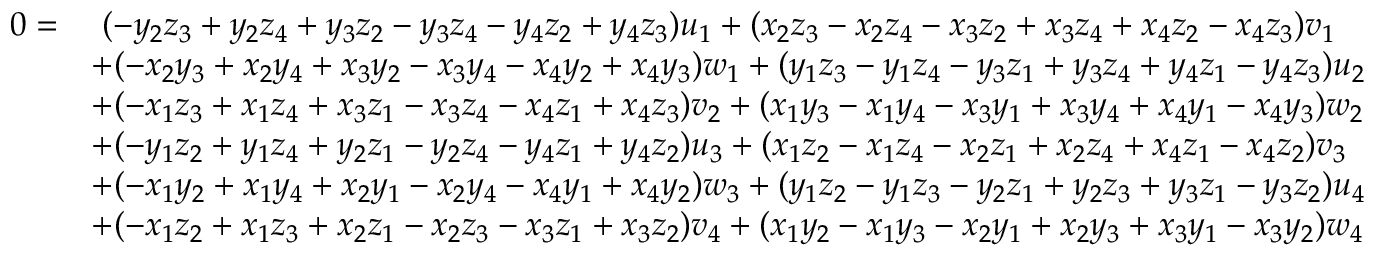
\begin{array} { r l } { 0 = } & { \ ( - y _ { 2 } z _ { 3 } + y _ { 2 } z _ { 4 } + y _ { 3 } z _ { 2 } - y _ { 3 } z _ { 4 } - y _ { 4 } z _ { 2 } + y _ { 4 } z _ { 3 } ) u _ { 1 } + ( x _ { 2 } z _ { 3 } - x _ { 2 } z _ { 4 } - x _ { 3 } z _ { 2 } + x _ { 3 } z _ { 4 } + x _ { 4 } z _ { 2 } - x _ { 4 } z _ { 3 } ) v _ { 1 } } \\ & { + ( - x _ { 2 } y _ { 3 } + x _ { 2 } y _ { 4 } + x _ { 3 } y _ { 2 } - x _ { 3 } y _ { 4 } - x _ { 4 } y _ { 2 } + x _ { 4 } y _ { 3 } ) w _ { 1 } + ( y _ { 1 } z _ { 3 } - y _ { 1 } z _ { 4 } - y _ { 3 } z _ { 1 } + y _ { 3 } z _ { 4 } + y _ { 4 } z _ { 1 } - y _ { 4 } z _ { 3 } ) u _ { 2 } } \\ & { + ( - x _ { 1 } z _ { 3 } + x _ { 1 } z _ { 4 } + x _ { 3 } z _ { 1 } - x _ { 3 } z _ { 4 } - x _ { 4 } z _ { 1 } + x _ { 4 } z _ { 3 } ) v _ { 2 } + ( x _ { 1 } y _ { 3 } - x _ { 1 } y _ { 4 } - x _ { 3 } y _ { 1 } + x _ { 3 } y _ { 4 } + x _ { 4 } y _ { 1 } - x _ { 4 } y _ { 3 } ) w _ { 2 } } \\ & { + ( - y _ { 1 } z _ { 2 } + y _ { 1 } z _ { 4 } + y _ { 2 } z _ { 1 } - y _ { 2 } z _ { 4 } - y _ { 4 } z _ { 1 } + y _ { 4 } z _ { 2 } ) u _ { 3 } + ( x _ { 1 } z _ { 2 } - x _ { 1 } z _ { 4 } - x _ { 2 } z _ { 1 } + x _ { 2 } z _ { 4 } + x _ { 4 } z _ { 1 } - x _ { 4 } z _ { 2 } ) v _ { 3 } } \\ & { + ( - x _ { 1 } y _ { 2 } + x _ { 1 } y _ { 4 } + x _ { 2 } y _ { 1 } - x _ { 2 } y _ { 4 } - x _ { 4 } y _ { 1 } + x _ { 4 } y _ { 2 } ) w _ { 3 } + ( y _ { 1 } z _ { 2 } - y _ { 1 } z _ { 3 } - y _ { 2 } z _ { 1 } + y _ { 2 } z _ { 3 } + y _ { 3 } z _ { 1 } - y _ { 3 } z _ { 2 } ) u _ { 4 } } \\ & { + ( - x _ { 1 } z _ { 2 } + x _ { 1 } z _ { 3 } + x _ { 2 } z _ { 1 } - x _ { 2 } z _ { 3 } - x _ { 3 } z _ { 1 } + x _ { 3 } z _ { 2 } ) v _ { 4 } + ( x _ { 1 } y _ { 2 } - x _ { 1 } y _ { 3 } - x _ { 2 } y _ { 1 } + x _ { 2 } y _ { 3 } + x _ { 3 } y _ { 1 } - x _ { 3 } y _ { 2 } ) w _ { 4 } } \end{array}